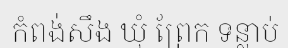
កំពង់សឹង ឃុំ ព្រែក ទន្លាប់